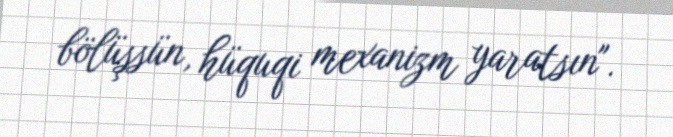
bölüşsün, hüquqi mexanizm yaratsın".